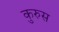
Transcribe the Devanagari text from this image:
कुरुस